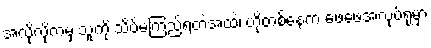
အလိုလိုကမှ သူ့ကို သိပ်မကြည်ရတဲ့အထဲ၊ ဟိုတစ်နေ့က ဖေဖေ့အလုပ်ရုံမှာ